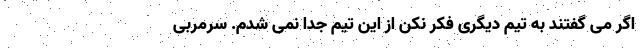
اگر می گفتند به تیم دیگری فکر نکن از این تیم جدا نمی شدم. سرمربی